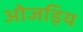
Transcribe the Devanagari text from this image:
ओजड़िय